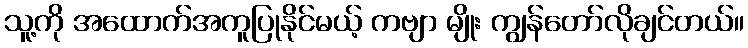
သူ့ကို အထောက်အကူပြုနိုင်မယ့် ကဗျာ မျိုး ကျွန်တော်လိုချင်တယ်။